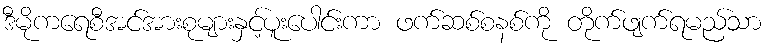
ဒီမိုကရေစီအင်အားစုများနှင့်ပူးပေါင်းကာ ဖက်ဆစ်စနစ်ကို တိုက်ဖျက်ရမည်သာ